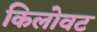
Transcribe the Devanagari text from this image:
किलोवट